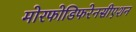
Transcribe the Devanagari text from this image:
मोरफोडिफरेनसीएशन